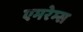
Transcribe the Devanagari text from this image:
एमरेम्स